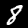
Label: 8